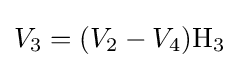
V_{3}=(V_{2}-V_{4})\mathrm {H_{3}}